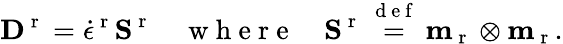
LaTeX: {\mathbf D}^{\mathrm{~r~}}=\dot{\epsilon}^{\mathrm{~r~}}\textbf{S}^{\mathrm{~r~}}\quad\mathrm{~w~h~e~r~e~}\quad\textbf{S}^{\mathrm{~r~}}\overset{\mathrm{~d~e~f~}}{=}\textbf{m}_{\mathrm{~r~}}\otimes\textbf{m}_{\mathrm{~r~}}.